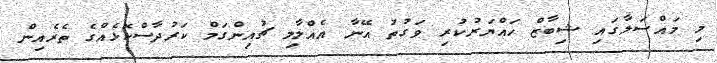
މި މައްސަލާގައި ޝިބާޒް ހައްޔަރުކުރި ވަގުތު އޭނާ އެއްލާލި ޗުއިންގަމް ކަރުދާސްކޮޅެއްގެ ތެރެއިން